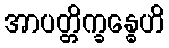
အာပတ္တိက္ခန္ဓေဟိ